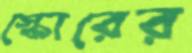
স্কোরের